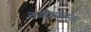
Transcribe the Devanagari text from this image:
चव्हाणांबरोबर